Report of the Municipal Commissioner on the plague in Bombay for the year ending 31st May... - Volume 2
Disease focus: Plague
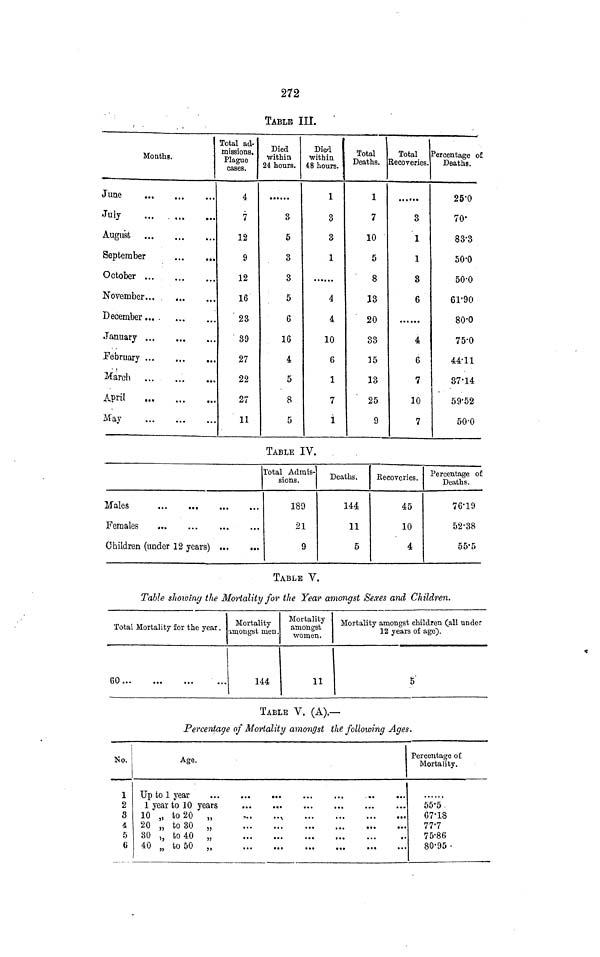
272
TABLE III.
Months.
June
July
...
August
September
October
November... .
December ....
January ...
...
February
March
APril
May
Total ad-
missions.
Plague
cases.
4
7
12
9
12
16
23
' 39
27
22
27
11
Died
within
24 hours.
3
5
3
3
5
6
16
4
5
8
5
Died
within
48 hours.
1
3
3
1
4
4
10
6
1
7
i
Total
Deaths.
1
7
10
5
8
13
20
33
15
13
25
9
Total
Recoveries.
3
1
1
3
6
4
6
7
10
7
Percentage of
Deaths.
25'0
70'
83-3
50-0
50-0
61-90
80'0
75-0
44-11
37-14
59-52
50-0
TABLE IV.
Males
Females
Children (under 12 years)
Total Admis-
sions.
189
21
9
Deaths.
144
11
5
Recoveries.
45
10
4
Percentage of
Deaths.
76'19
52-38
55'5
TABLE V.
Table showinq the Mortality for the Year amongst Sexes and Children.
Total Mortality for the year .
60
Mortality
amongst men.
144
Mortality
amongst
women.
11
Mortality amongst children Call under
12 years of age).
5
TABLE V. (A).—
Percentage of Mortality amongst the following Ages.
No.
1
2
a
4
5
6
Age.
Up to 1 year
1 year to 10 years
10 „ to 20 „
,..
...
20 „ to 30 „
30 >, to 40 „
±0 „ to 50 ,
Percentage of
Mortality.
55-5.
67-18
77-7
75-86
80-95 -